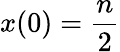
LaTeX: x(0)=\frac{n}{2}